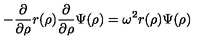
- \frac { \partial } { \partial \rho } r ( \rho ) \frac { \partial } { \partial \rho } \Psi ( \rho ) = \omega ^ { 2 } r ( \rho ) \Psi ( \rho )